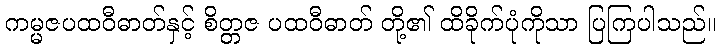
ကမ္မဇပထဝီဓာတ်နှင့် စိတ္တဇ ပထဝီဓာတ် တို့၏ ထိခိုက်ပုံကိုသာ ပြကြပါသည်။